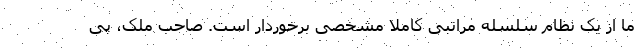
ما از یک نظام سلسله مراتبی کاملا مشخصی برخوردار است. صاحب ملک، پی